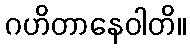
ဂဟိတာနေဝါတိ။